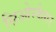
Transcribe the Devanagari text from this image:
सिओस्केगर